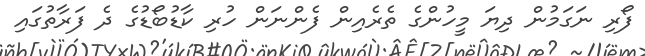
ފޯރި ނަގަމުން ދިޔަ މީހުންގެ ތެރެއިން ފެންނަން ހުރި ކާޑުބޯޑުގެ ދެ ފަރާތުގައި